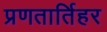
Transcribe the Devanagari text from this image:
प्रणतार्तिहर